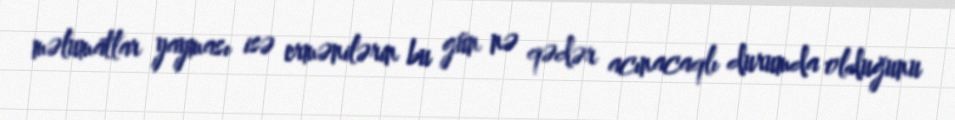
məlumatlar yayması isə ermənilərin bu gün nə qədər acınacaqlı durumda olduğunu